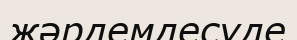
жәрдемдесуде